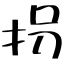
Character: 拐